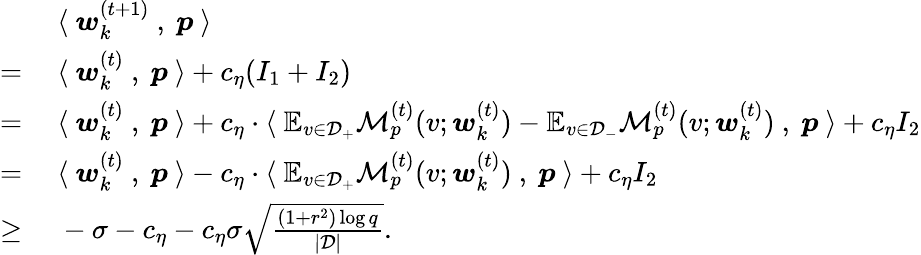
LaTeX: \begin{array}{rl}&{~\langle~{\boldsymbol w}_{k}^{(t+1)}~,~{\boldsymbol p}~\rangle}\\ {=}&{~\langle~{\boldsymbol w}_{k}^{(t)}~,~{\boldsymbol p}~\rangle+c_{\eta}(I_{1}+I_{2})}\\ {=}&{~\langle~{\boldsymbol w}_{k}^{(t)}~,~{\boldsymbol p}~\rangle+c_{\eta}\cdot\langle~\mathbb{E}_{v\in\mathcal{D}_{+}}\mathcal{M}_{p}^{(t)}(v;{\boldsymbol w}_{k}^{(t)})-\mathbb{E}_{v\in\mathcal{D}_{-}}\mathcal{M}_{p}^{(t)}(v;{\boldsymbol w}_{k}^{(t)})~,~{\boldsymbol p}~\rangle+c_{\eta}I_{2}}\\ {=}&{~\langle~{\boldsymbol w}_{k}^{(t)}~,~{\boldsymbol p}~\rangle-c_{\eta}\cdot\langle~\mathbb{E}_{v\in\mathcal{D}_{+}}\mathcal{M}_{p}^{(t)}(v;{\boldsymbol w}_{k}^{(t)})~,~{\boldsymbol p}~\rangle+c_{\eta}I_{2}}\\ {\ge}&{~-\sigma-c_{\eta}-c_{\eta}\sigma\sqrt{\frac{(1+r^{2})\log q}{|\mathcal{D}|}}.}\end{array}